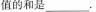
值的和是___。